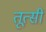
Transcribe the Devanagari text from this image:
तूत्सी